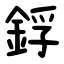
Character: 鋢